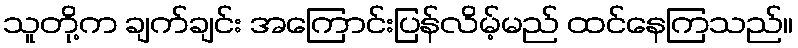
သူတို့က ချက်ချင်း အကြောင်းပြန်လိမ့်မည် ထင်နေကြသည်။